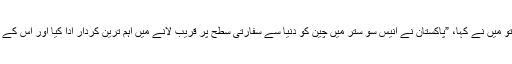
انہوں نے استفہامیہ نظروں سے دیکھا تو میں نے کہا، ”پاکستان نے انیس سو ستر میں چین کو دنیا سے سفارتی سطح پر قریب لانے میں اہم ترین کردار ادا کیا اور اس کے بعد مشرقی پاکستان ہم سے الگ ہو گیا۔